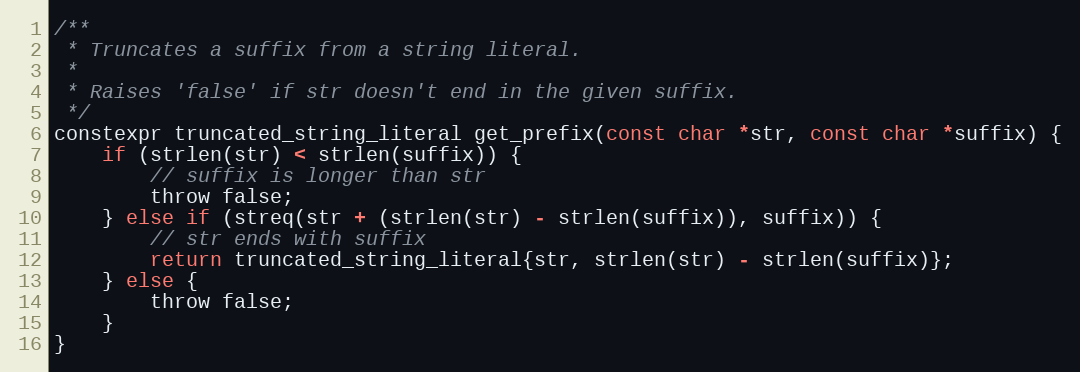
Language: C
/**
 * Truncates a suffix from a string literal.
 *
 * Raises 'false' if str doesn't end in the given suffix.
 */
constexpr truncated_string_literal get_prefix(const char *str, const char *suffix) {
	if (strlen(str) < strlen(suffix)) {
		// suffix is longer than str
		throw false;
	} else if (streq(str + (strlen(str) - strlen(suffix)), suffix)) {
		// str ends with suffix
		return truncated_string_literal{str, strlen(str) - strlen(suffix)};
	} else {
		throw false;
	}
}